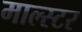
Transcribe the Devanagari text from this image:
माल्स्टर